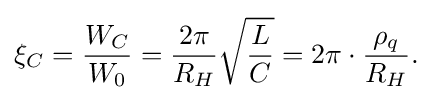
\xi _{C}={\frac {W_{C}}{W_{0}}}={\frac {2\pi }{R_{H}}}{\sqrt {\frac {L}{C}}}=2\pi \cdot {\frac {\rho _{q}}{R_{H}}}.\